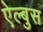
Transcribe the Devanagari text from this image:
ऐल्बुस